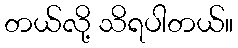
တယ်လို့ သိရပါတယ်။